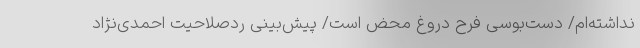
نداشته‌ام/ دست‌بوسی فرح دروغ محض است/ پیش‌بینی ردصلاحیت احمدی‌نژاد